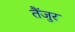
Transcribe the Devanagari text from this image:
तैंजुर